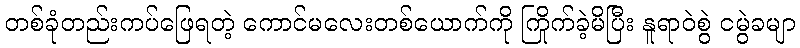
တစ်ခုံတည်းကပ်ဖြေရတဲ့ ကောင်မလေးတစ်ယောက်ကို ကြိုက်ခဲ့မိပြီး နူရာဝဲစွဲ ငမွဲခမျာ